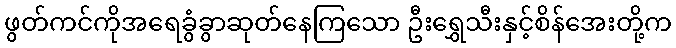
ဖွတ်ကင်ကိုအရေခွံခွာဆုတ်နေကြသော ဦးရွှေသီးနှင့်စိန်အေးတို့က